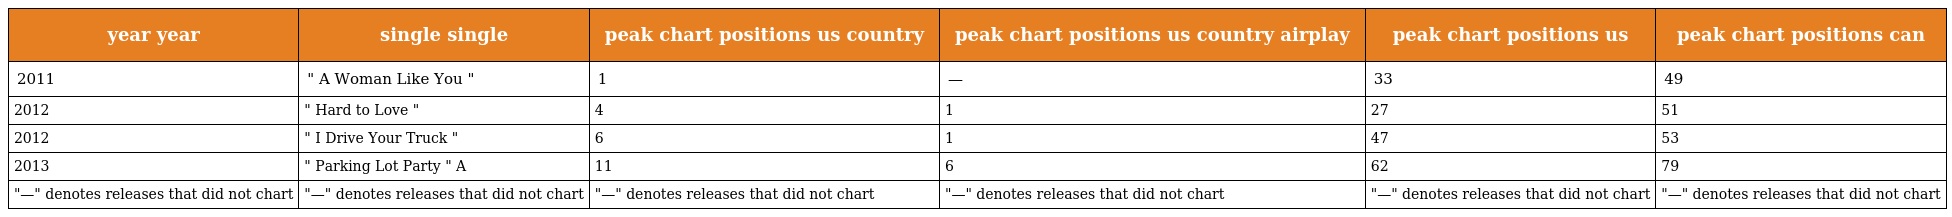
| year year | single single | peak chart positions us country | peak chart positions us country airplay | peak chart positions us | peak chart positions can |
 | --- | --- | --- | --- | --- | --- |
 | 2011 | " A Woman Like You " | 1 | — | 33 | 49 |
 | 2012 | " Hard to Love " | 4 | 1 | 27 | 51 |
 | 2012 | " I Drive Your Truck " | 6 | 1 | 47 | 53 |
 | 2013 | " Parking Lot Party " A | 11 | 6 | 62 | 79 |
 | "—" denotes releases that did not chart | "—" denotes releases that did not chart | "—" denotes releases that did not chart | "—" denotes releases that did not chart | "—" denotes releases that did not chart | "—" denotes releases that did not chart |